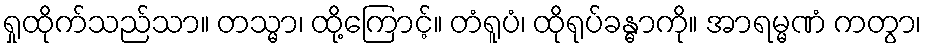
ရှုထိုက်သည်သာ။ တသ္မာ၊ ထို့ကြောင့်။ တံရူပံ၊ ထိုရုပ်ခန္ဓာကို။ အာရမ္မဏံ ကတွာ၊